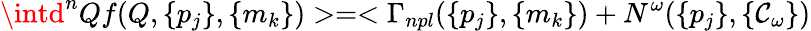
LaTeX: \intd^{n}Qf(Q,\{ p_{j}\} ,\{ m_{k}\} )>=<\Gamma_{npl}(\{ p_{j}\} ,\{ m_{k}\} )+N^{\omega}(\{ p_{j}\} ,\{ \mathcal{C}_{\omega}\} )